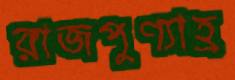
রাজপুণ্যাহ্র